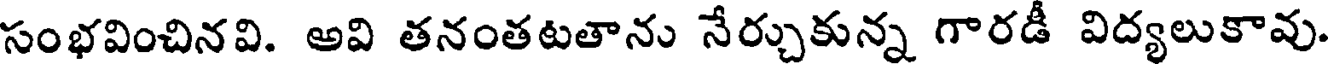
సంభవించినవి. అవి తనంతటతాను నేర్చుకున్న గారడీ విద్యలుకావు